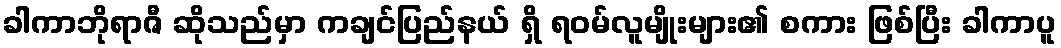
ခါကာဘိုရာဇီ ဆိုသည်မှာ ကချင်ပြည်နယ် ရှိ ရဝမ်လူမျိုးများ၏ စကား ဖြစ်ပြီး ခါကာပူ